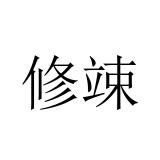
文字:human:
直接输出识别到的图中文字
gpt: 修竦